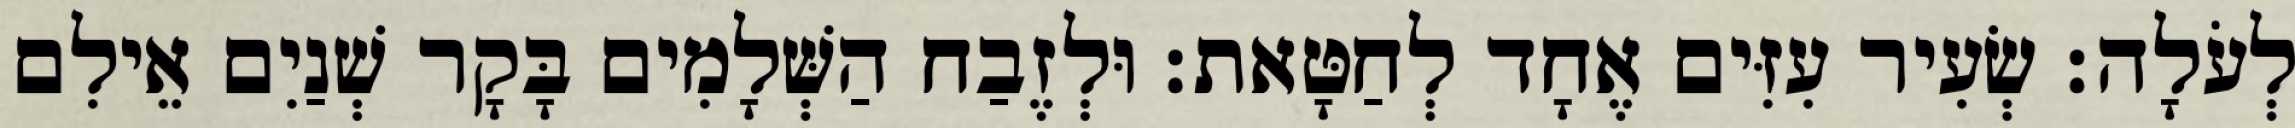
לְעֹלָה׃ שְׂעִיר עִזִּים אֶחָד לְחַטָּאת׃ וּלְזֶבַח הַשְּׁלָמִים בָּקָר שְׁנַיִם אֵילִם